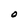
Character: O